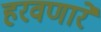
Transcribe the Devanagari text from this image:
हरवणारे